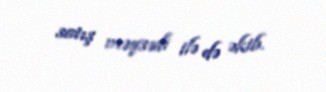
satış məqsədi ilə də əkib.